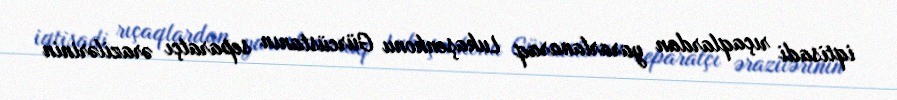
iqtisadi rıçaqlardan yararlanaraq Lukaşenkonu Gürcüstanın separatçı ərazilərinin